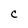
Character: C